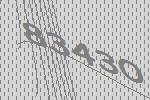
83430